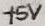
Text: +5V